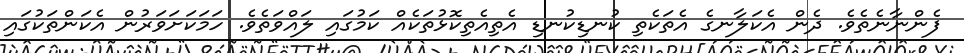
ފެންނާނެތެވެ. ދެން އެކަލާނގެ އެތަކެތި ކުނޑިކުނޑި އެތިއެތިކޮޅުތަކެއް ކަމުގައި ލައްވަތެވެ. ހަމަކަށަވަރުން އެކަންތަކުގައި